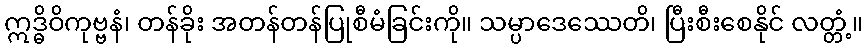
ဣဒ္ဓိဝိကုဗ္ဗနံ၊ တန်ခိုး အတန်တန်ပြုစီမံခြင်းကို။ သမ္ပာဒေဿေတိ၊ ပြီးစီးစေနိုင် လတ္တံ့။